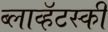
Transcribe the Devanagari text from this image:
ब्लाव्हॅटस्की